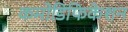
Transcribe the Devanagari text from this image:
कमोडिफिकेशन